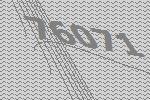
76071